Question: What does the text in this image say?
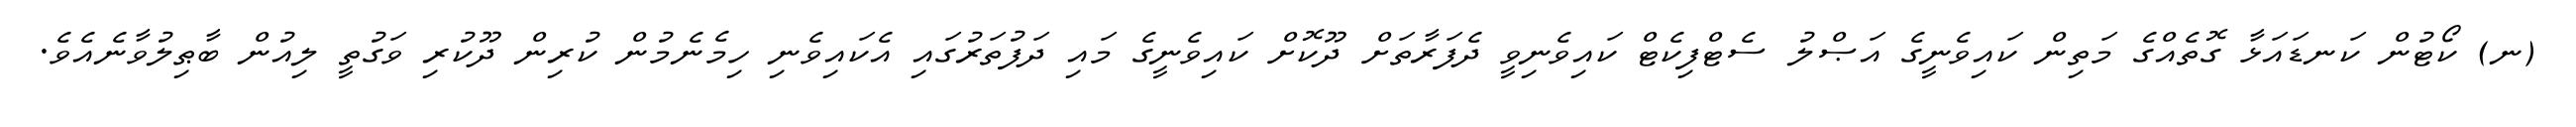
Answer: (ނ) ކޯޓުން ކަނޑައަޅާ ގޮތެއްގެ މަތިން ކައިވެނީގެ އަޞްލު ސެޓްފިކެޓް ކައިވެނިވީ ދެފަރާތަށް ދޫކޮށް ކައިވެނީގެ މައި ދަފުތަރުގައި އެކައިވެނި ހިމެނެމުން ކުރިން ދޫކުރި ވަގުތީ ލިއުން ބާޠިލުވާނެއެވެ.